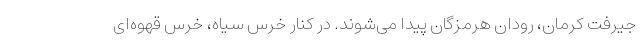
جیرفت کرمان، رودان هرمزگان پیدا می‌شوند. در کنار خرس سیاه، خرس قهوه‌ای